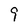
Character: 9